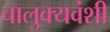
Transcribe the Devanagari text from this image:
चालुक्यवंशी